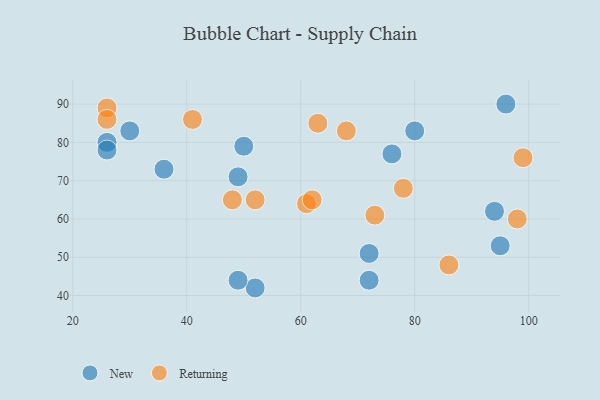
{"axis": {"x": "GDP", "y": "Life Expectancy"}, "legend": ["New", "Returning"], "data": [{"x": "36", "y": 73, "type": "New"}, {"x": "95", "y": 53, "type": "New"}, {"x": "96", "y": 90, "type": "New"}, {"x": "52", "y": 42, "type": "New"}, {"x": "72", "y": 44, "type": "New"}, {"x": "26", "y": 80, "type": "New"}, {"x": "30", "y": 83, "type": "New"}, {"x": "26", "y": 78, "type": "New"}, {"x": "49", "y": 44, "type": "New"}, {"x": "50", "y": 79, "type": "New"}, {"x": "80", "y": 83, "type": "New"}, {"x": "76", "y": 77, "type": "New"}, {"x": "49", "y": 71, "type": "New"}, {"x": "72", "y": 51, "type": "New"}, {"x": "94", "y": 62, "type": "New"}, {"x": "41", "y": 86, "type": "Returning"}, {"x": "61", "y": 64, "type": "Returning"}, {"x": "86", "y": 48, "type": "Returning"}, {"x": "68", "y": 83, "type": "Returning"}, {"x": "48", "y": 65, "type": "Returning"}, {"x": "63", "y": 85, "type": "Returning"}, {"x": "26", "y": 89, "type": "Returning"}, {"x": "26", "y": 86, "type": "Returning"}, {"x": "99", "y": 76, "type": "Returning"}, {"x": "62", "y": 65, "type": "Returning"}, {"x": "78", "y": 68, "type": "Returning"}, {"x": "52", "y": 65, "type": "Returning"}, {"x": "98", "y": 60, "type": "Returning"}, {"x": "73", "y": 61, "type": "Returning"}]}